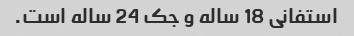
استفانی 18 ساله و جک 24 ساله است.